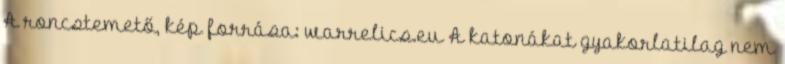
A roncstemető, kép forrása: warrelics.eu A katonákat gyakorlatilag nem